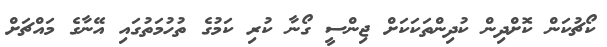
ކޯޗުކަން ކޮށްދިން ކުދިންތަކަކަށް ޖިންސީ ގޯނާ ކުރި ކަމުގެ ތުހުމަތުގައި އޭނާގެ މައްޗަށް